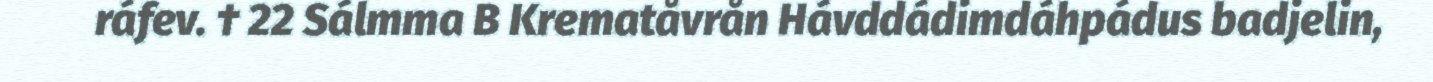
ráfev. † 22 Sálmma B Krematåvrån Hávddádimdáhpádus badjelin,